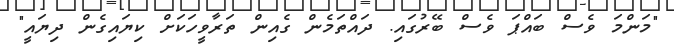
"މަންމަ ވެސް ބައްޕަ ވެސް ބޭރުގައި. ދައްތަމެން ގެއިން ތަރާވީހަކަށް ކިޔައިގެން ދިޔައީ"